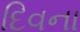
દિવના